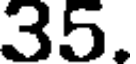
35.